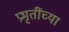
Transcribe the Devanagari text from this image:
प्रभृतींच्या